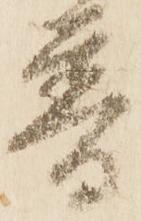
普